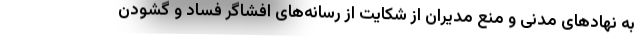
به نهادهای مدنی و منع مدیران از شکایت از رسانه‌های افشاگر فساد و گشودن